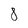
Character: 8